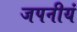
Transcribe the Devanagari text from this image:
जपनीयं